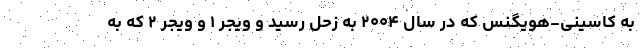
به کاسینی-هویگنس که در سال ۲۰۰۴ به زحل رسید و ویجر ۱ و ویجر ۲ که به